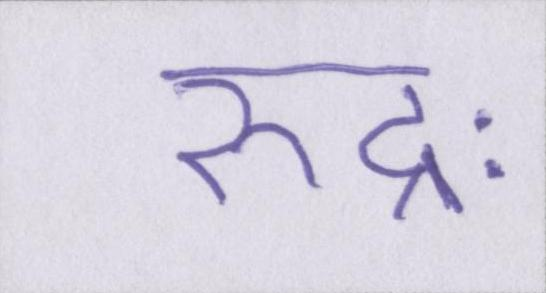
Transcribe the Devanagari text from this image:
रुद्रः